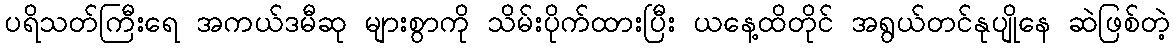
ပရိသတ်ကြီးရေ အကယ်ဒမီဆု များစွာကို သိမ်းပိုက်ထားပြီး ယနေ့ထိတိုင် အရွယ်တင်နုပျိုနေ ဆဲဖြစ်တဲ့